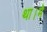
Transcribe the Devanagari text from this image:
था।मे